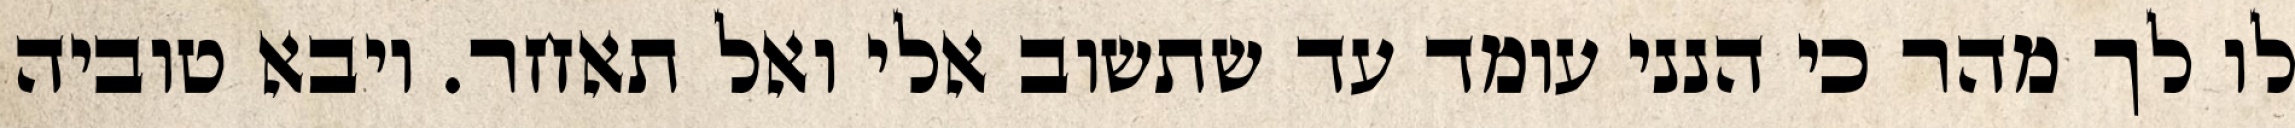
לו לך מהר כי הנני עומד עד שתשוב אלי ואל תאחר. ויבא טוביה